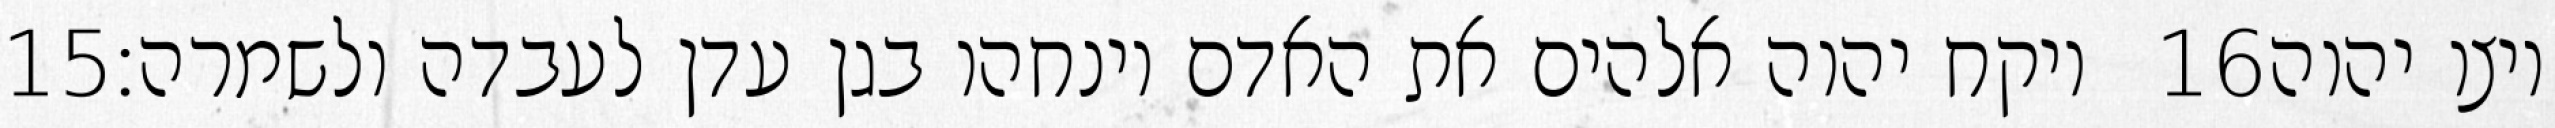
‎15‏ ויקח יהוה אלהים את האדם וינחהו בגן עדן לעבדה ולשמרה׃ ‎16‏ ויצו יהוה